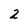
Character: 2